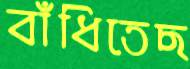
বাঁধিতেছ